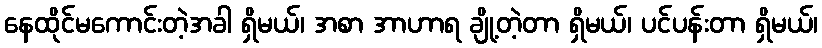
နေထိုင်မကောင်းတဲ့အခါ ရှိမယ်၊ အစာ အာဟာရ ချို့တဲ့တာ ရှိမယ်၊ ပင်ပန်းတာ ရှိမယ်၊